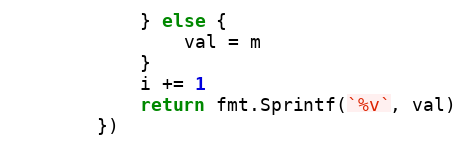
Language: Go
			} else {
				val = m
			}
			i += 1
			return fmt.Sprintf(`%v`, val)
		})